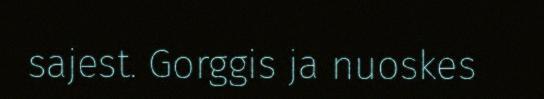
sajest. Gorggis ja nuoskes